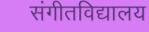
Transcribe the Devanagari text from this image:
संगीतविद्यालय